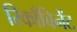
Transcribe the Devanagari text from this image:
रिकाँबिनेंट